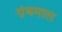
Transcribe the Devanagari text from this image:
ग्रंथमाल